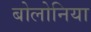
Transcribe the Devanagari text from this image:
बोलोनिया